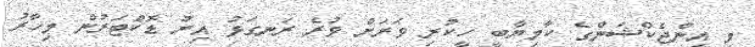
މި އިންޖެކްޝަންގެ ކާމިޔާބީ ހީކުރި ވަރަށް ވުރެ ރަނގަޅު އިރު ޑޮކްޓަރުން މިހާރު